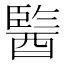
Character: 𨢒